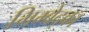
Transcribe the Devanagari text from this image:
भिम्बेद्का